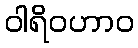
ဝါရိဝဟာဝ